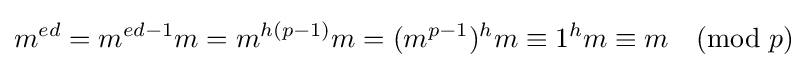
m^{ed}=m^{ed-1}m=m^{h(p-1)}m=(m^{p-1})^{h}m\equiv 1^{h}m\equiv m{\pmod {p}}